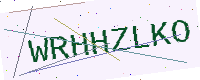
Text: WRHHZLKO